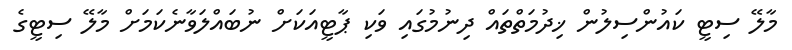
މާލޭ ސިޓީ ކައުންސިލުން ޚިދުމަތްތައް ދިނުމުގައި ވަކި ޕާޓީއަކަށް ނުބައްލަވާނެކަމަށް މާލޭ ސިޓީގެ